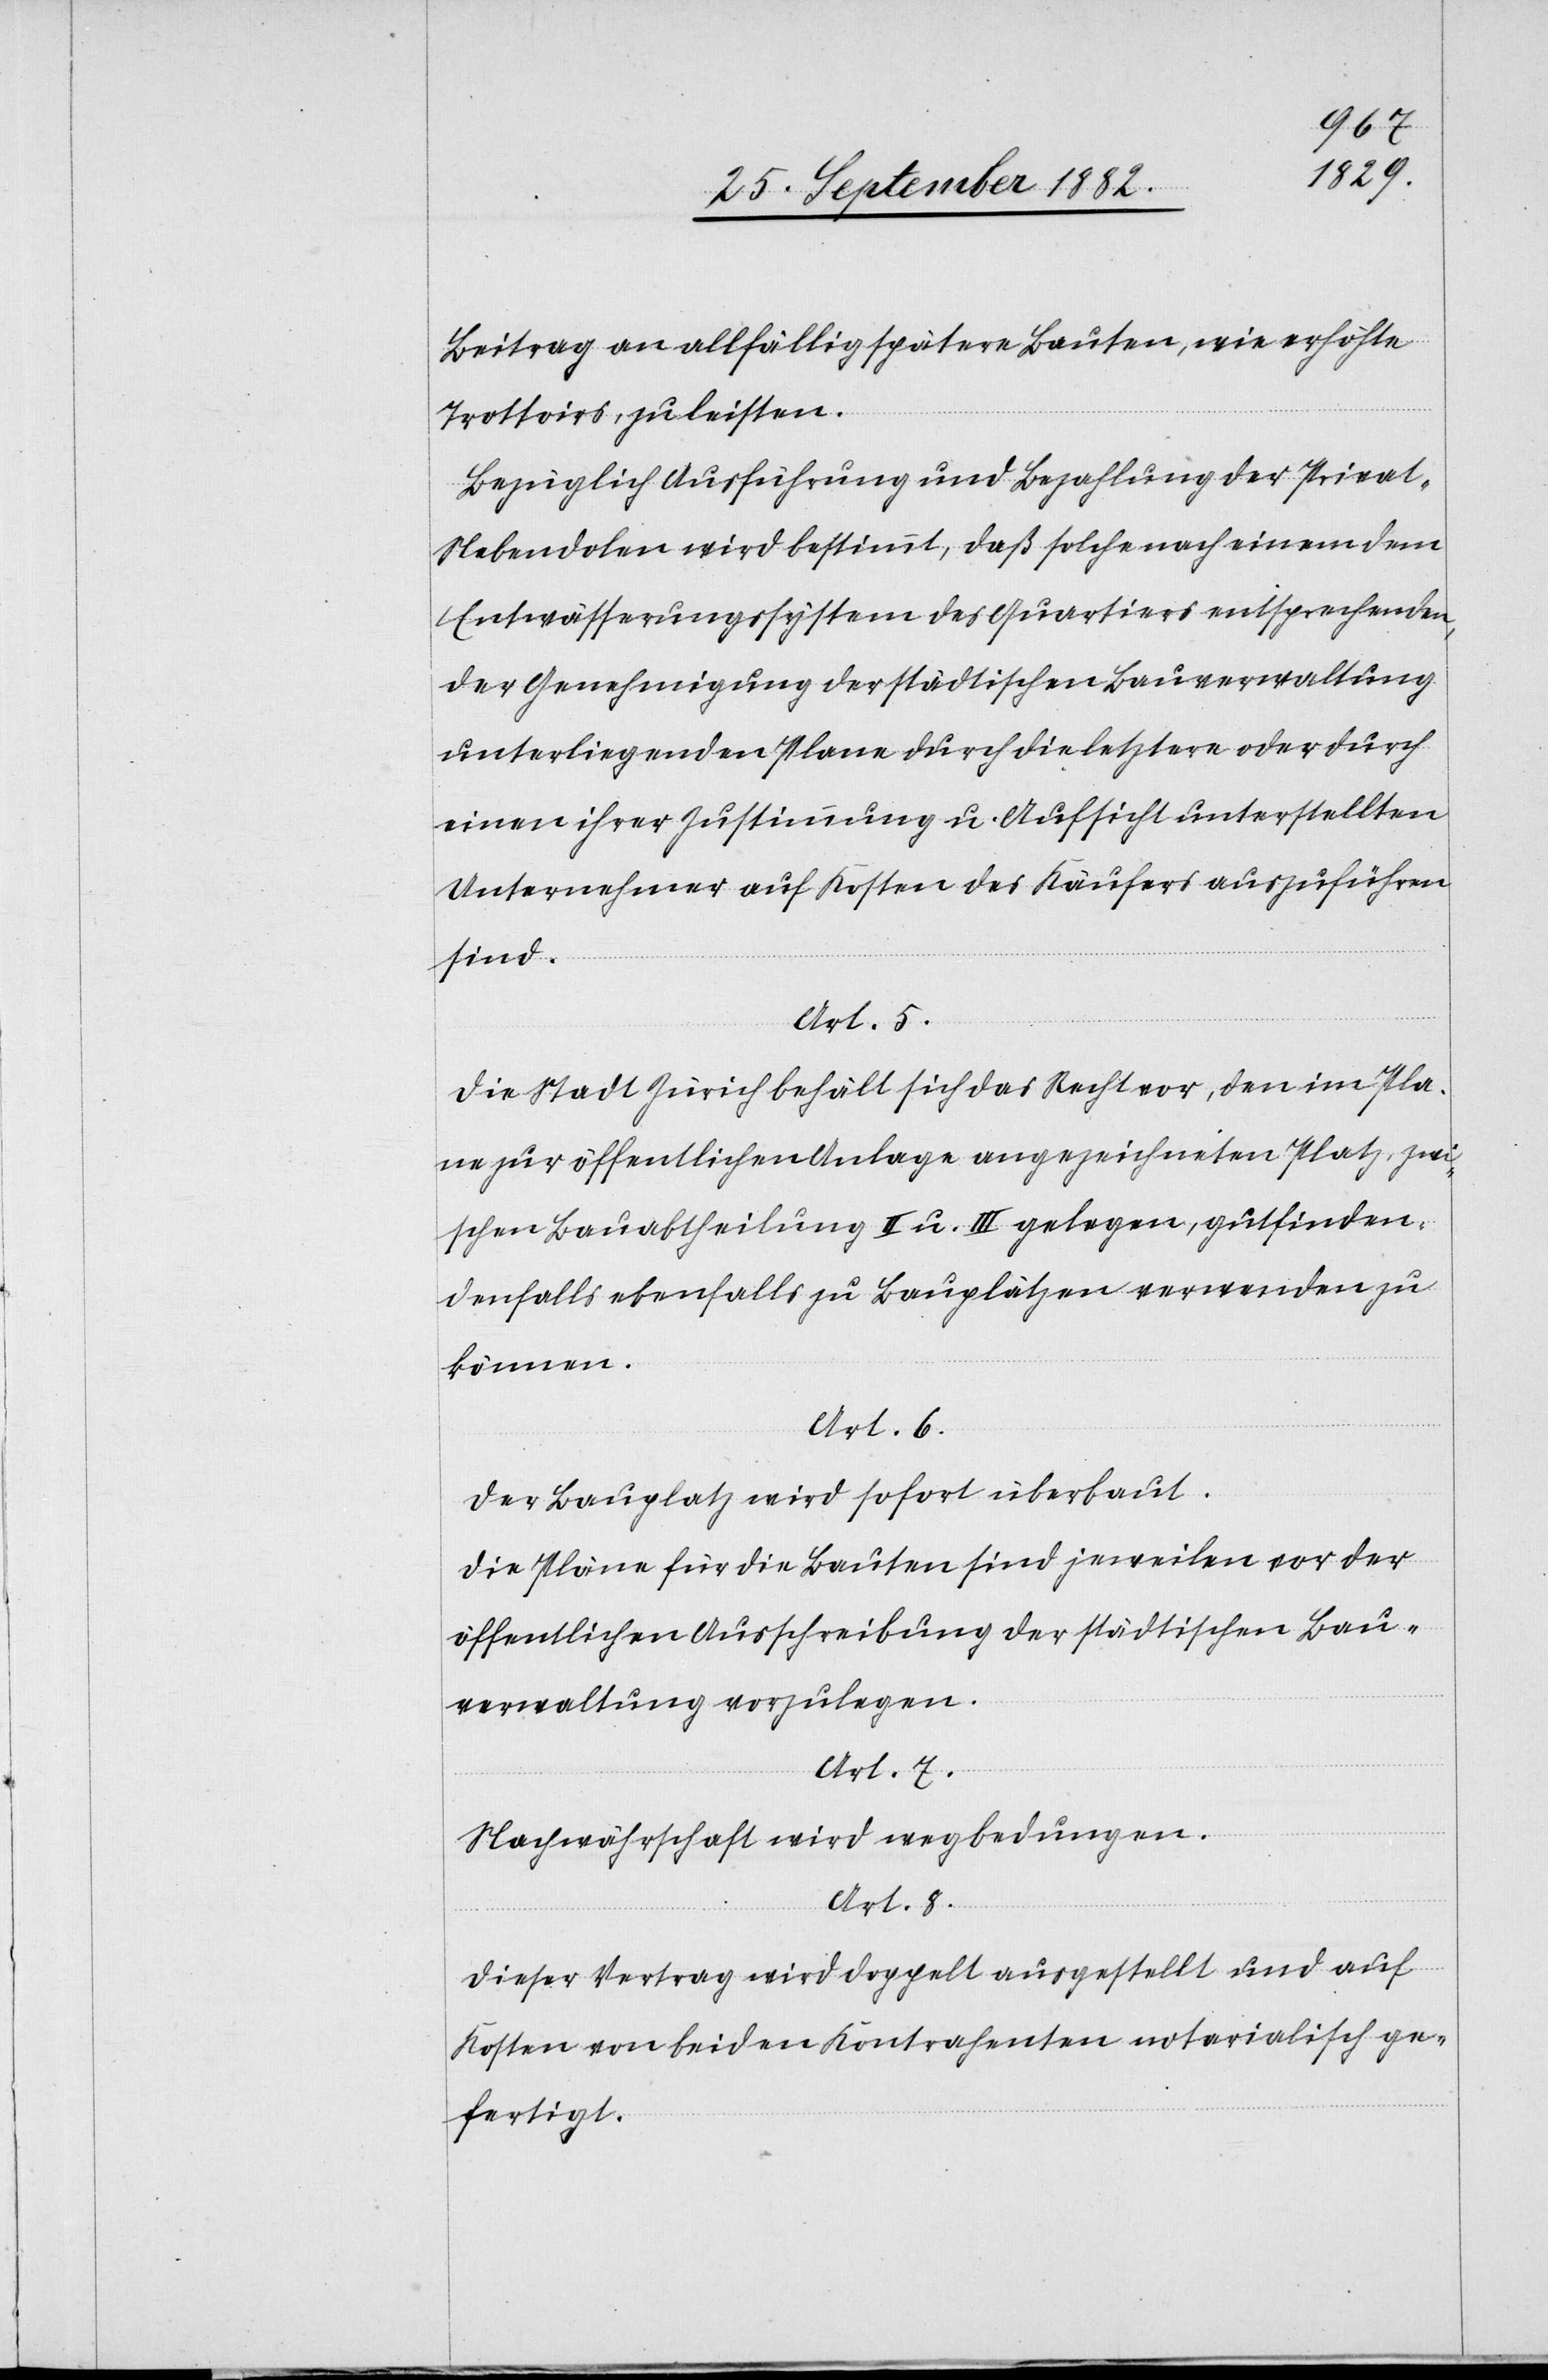
Beitrag an allfällig spätere Bauten, wie erhöhte
Trottoirs, zu leisten.
Bezüglich Ausführung uns Bezahlung der Privat-N¬
ebendolen wird bestimmt, daß solche nach einem dem
Entwässerungssystem des Quartiers entsprechenden,
der Genehmigung der städtischen Bauverwaltung
unterliegenden Plane durch die letztere oder durch
einen ihrer Zustimmung u. Aufsicht unterstellten
Unternehmer auf Kosten des Käufers auszuführen
sind.
Art. 5.
Die Stadt Zürich behält sich das Recht vor, den im Pla¬
ne zur öffentlichen Anlage angezeichneten Platz, zwi¬
schen Bauabtheilung II i. III gelegen, gutfinden¬
denfalls ebenfalls zu Bauplätzen verwenden zu
können.
Art. 6.
Der Bauplatz wird sofort überbaut.
Die Pläne für die Bauten sind jeweilen vor der
öffentlichen Ausschreibung der städtischen Bau¬
verwaltung vorzulegen.
Art. 7.
Nachwährschaft wird wegbedungen.
Art. 8.
Dieser Vertrag wird doppelt ausgestellt und auf
Kosten von beiden Kontrahenten notarialisch ge¬
fertigt.